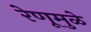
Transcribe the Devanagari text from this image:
रेणूमुळे